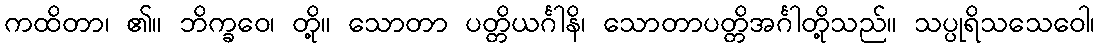
ကထိတာ၊ ၏။ ဘိက္ခဝေ၊ တို့။ သောတာ ပတ္တိယင်္ဂါနိ၊ သောတာပတ္တိအင်္ဂါတို့သည်။ သပ္ပုရိသသေဝေါ၊